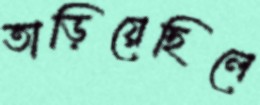
তাড়িয়েছিলে